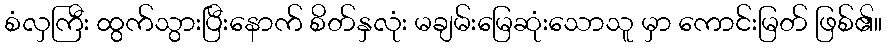
စံလှကြီး ထွက်သွားပြီးနောက် စိတ်နှလုံး မချမ်းမြေဆုံးသောသူ မှာ ကောင်းမြတ် ဖြစ်၏။